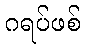
ဂရပ်ဖစ်